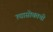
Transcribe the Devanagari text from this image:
त्यासोबतची